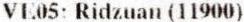
VE05: RIDZUAN (11900)